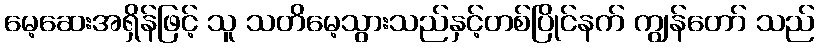
မေ့ဆေးအရှိန်ဖြင့် သူ သတိမေ့သွားသည်နှင့်တစ်ပြိုင်နက် ကျွန်တော် သည်